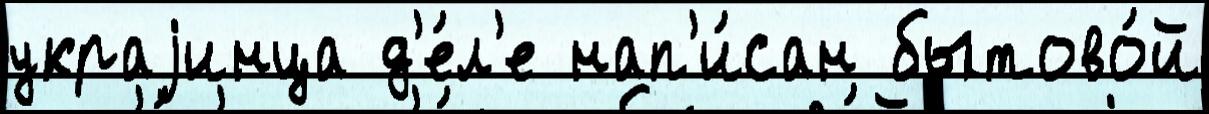
украjинца д'е́л'е нап'и́сан бытово́й